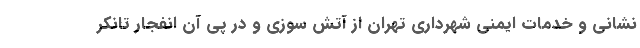
نشانی و خدمات ایمنی شهرداری تهران از آتش سوزی و در پی آن انفجار تانکر